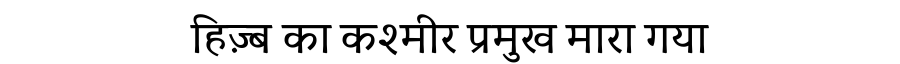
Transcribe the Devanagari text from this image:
हिज़्ब का कश्मीर प्रमुख मारा गया